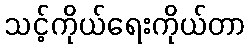
သင့်ကိုယ်ရေးကိုယ်တာ